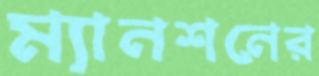
ম্যানশনের